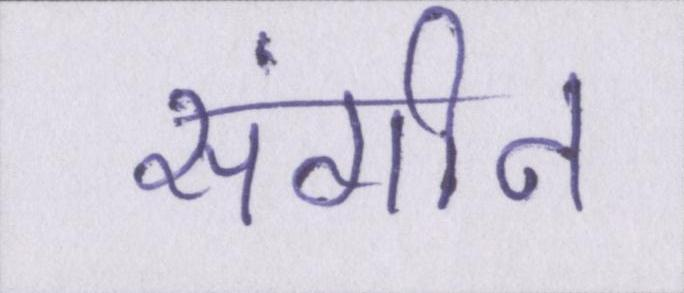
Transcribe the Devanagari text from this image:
संगीन